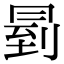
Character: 𠕥